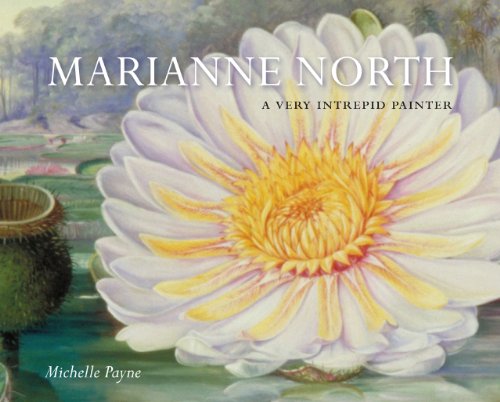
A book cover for Marianne North: A Very Intrepid Painter; Michelle Payne; Arts & Photography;